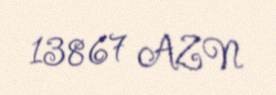
13867 AZN